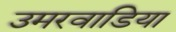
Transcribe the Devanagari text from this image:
उमरवाडिया